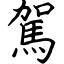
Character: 駕